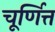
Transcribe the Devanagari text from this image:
चूर्णित्त